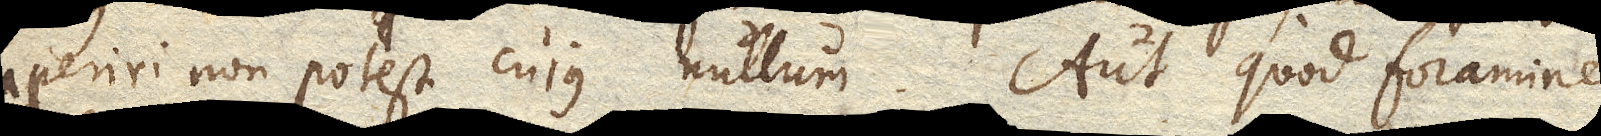
aperiri non potest cujus nullum. Aut quod foramine